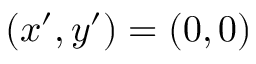
( x ^ { \prime } , y ^ { \prime } ) = ( 0 , 0 )